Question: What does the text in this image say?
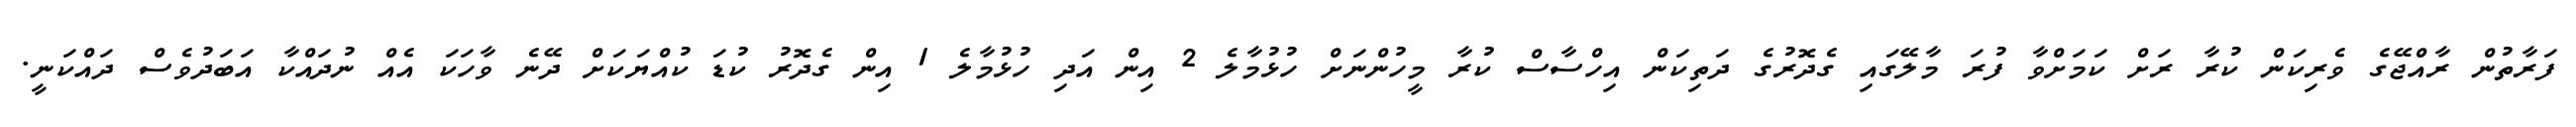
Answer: ފަރާތުން ރާއްޖޭގެ ވެރިކަން ކުރާ ރަށް ކަމަށްވާ ފުރަ މާލޭގައި ގެދޮރުގެ ދަތިކަން އިހްސާސް ކުރާ މީހުންނަށް ހުޅުމާލެ 2 އިން އަދި ހުޅުމާލެ 1 އިން ގެދޮރު ކުޑަ ކުއްޔަކަށް ދޭނެ ވާހަކަ އެއް ނުދައްކާ އަބަދުވެސް ދައްކަނީ.